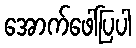
အောက်ဖေါ်ပြပါ